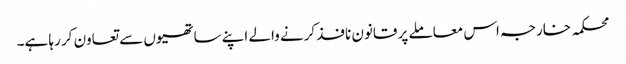
محکمہ خارجہ اس معاملے پر قانون نافذ کرنے والے اپنے ساتھیوں سے تعاون کر رہا ہے۔